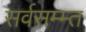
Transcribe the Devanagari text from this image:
सर्वसम्म्त